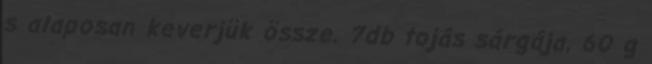
s alaposan keverjük össze. 7db tojás sárgája, 60 g